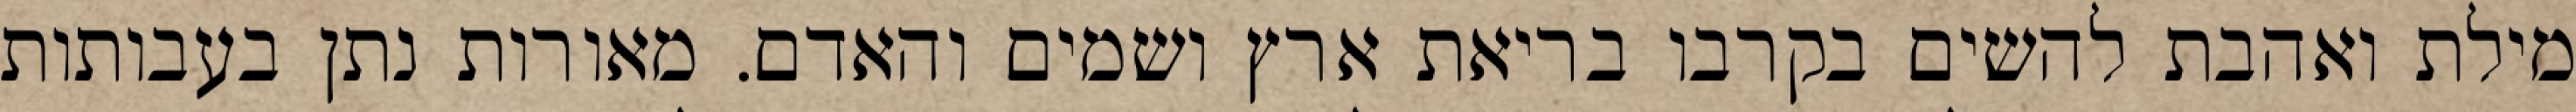
מילת ואהבת להשים בקרבו בריאת ארץ ושמים והאדם. מאורות נתן בעבותות